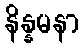
နိန္နမနာ